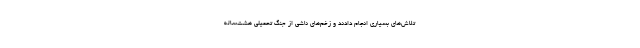
تلاش‌های بسیاری انجام دادند و زخم‌های ناشی از جنگ تحمیلی هشت‌ساله